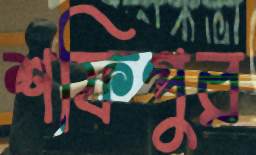
শফিপুর